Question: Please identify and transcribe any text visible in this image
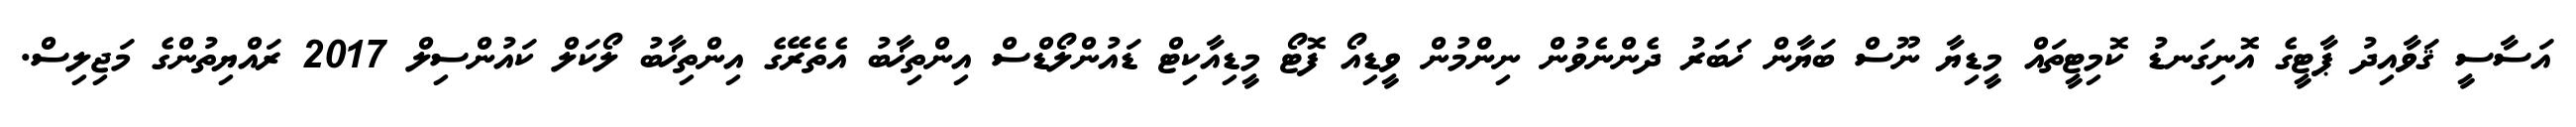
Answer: އަސާސީ ޤަވާއިދު ޕާޓީގެ އޮނިގަނޑު ކޮމިޓީތައް މީޑިޔާ ނޫސް ބަޔާން ޚަބަރު ދެންނެވުން ނިންމުން ވީޑިއޯ ފޮޓޯ މީޑިއާކިޓް ޑައުންލޯޑްސް އިންތިޚާބު އެތެރޭގެ އިންތިޚާބު ލޯކަލް ކައުންސިލް 2017 ރައްޔިތުންގެ މަޖިލިސް.